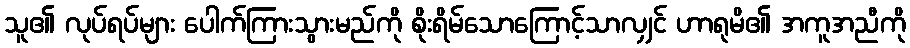
သူ၏ လုပ်ရပ်များ ပေါက်ကြားသွားမည်ကို စိုးရိမ်သောကြောင့်သာလျှင် ဟာရုမိ၏ အကူအညီကို